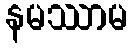
နမဿာမ